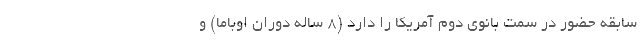
سابقه حضور در سمت بانوی دوم آمریکا را دارد (8 ساله دوران اوباما) و